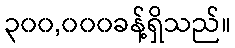
၃၀၀,၀၀၀ခန့်ရှိသည်။